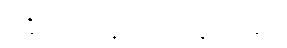
ရခိုင်ပြည်နယ်အတွင်းတွင်